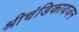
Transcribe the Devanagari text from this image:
श्रीचंडिकायजन